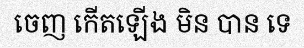
ចេញ កើតឡើង មិន បាន ទេ